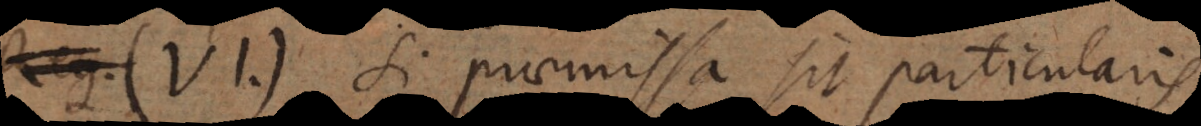
(VI) Si praemissa sit particularis